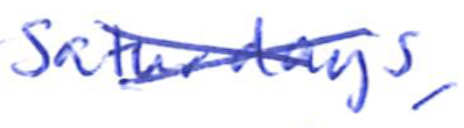
Text: Saturdays,
Cross-out: cross
Writing tool: ballpoint